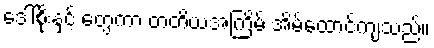
ဒေါ်စိုးနှင့် တွေ့ကာ တတိယအကြိမ် အိမ်ထောင်ကျသည်။